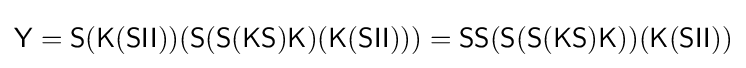
{\mathsf {Y=S(K(SII))(S(S(KS)K)(K(SII)))=SS(S(S(KS)K))(K(SII))}}